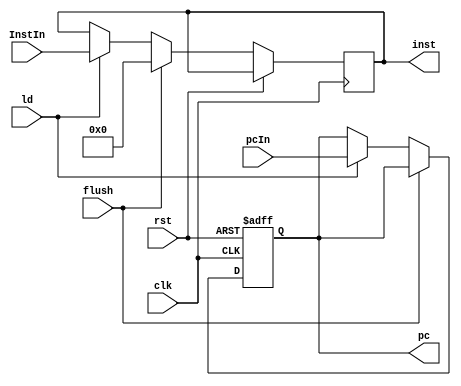
module IFtoIDReg(input clk, rst, flush, ld, input [31:0] InstIn, pcIn, 
				 output reg [31:0] inst, pc);
always @(posedge clk, posedge rst) begin
	if (rst) begin
		pc <= 0;
	end
	else begin
		if (flush) inst <= {6'b000000,26'b0};
		else if(ld) begin
			pc <= pcIn;
			inst <= InstIn;
		end
	end
end

endmodule